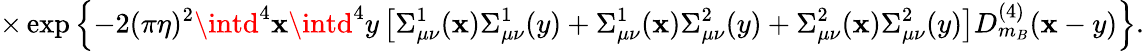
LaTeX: \times\exp\left\{ -2(\pi\eta)^{2}\intd^{4}\mathbf{x}\intd^{4}y\left[\Sigma_{\mu\nu}^{1}(\mathbf{x})\Sigma_{\mu\nu}^{1}(y)+\Sigma_{\mu\nu}^{1}(\mathbf{x})\Sigma_{\mu\nu}^{2}(y)+\Sigma_{\mu\nu}^{2}(\mathbf{x})\Sigma_{\mu\nu}^{2}(y)\right]D_{m_{B}}^{(4)}(\mathbf{x}-y)\right\} .